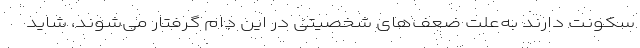
سکونت دارند به‌علت ضعف‌های شخصیتی در این دام گرفتار می‌شوند، شاید